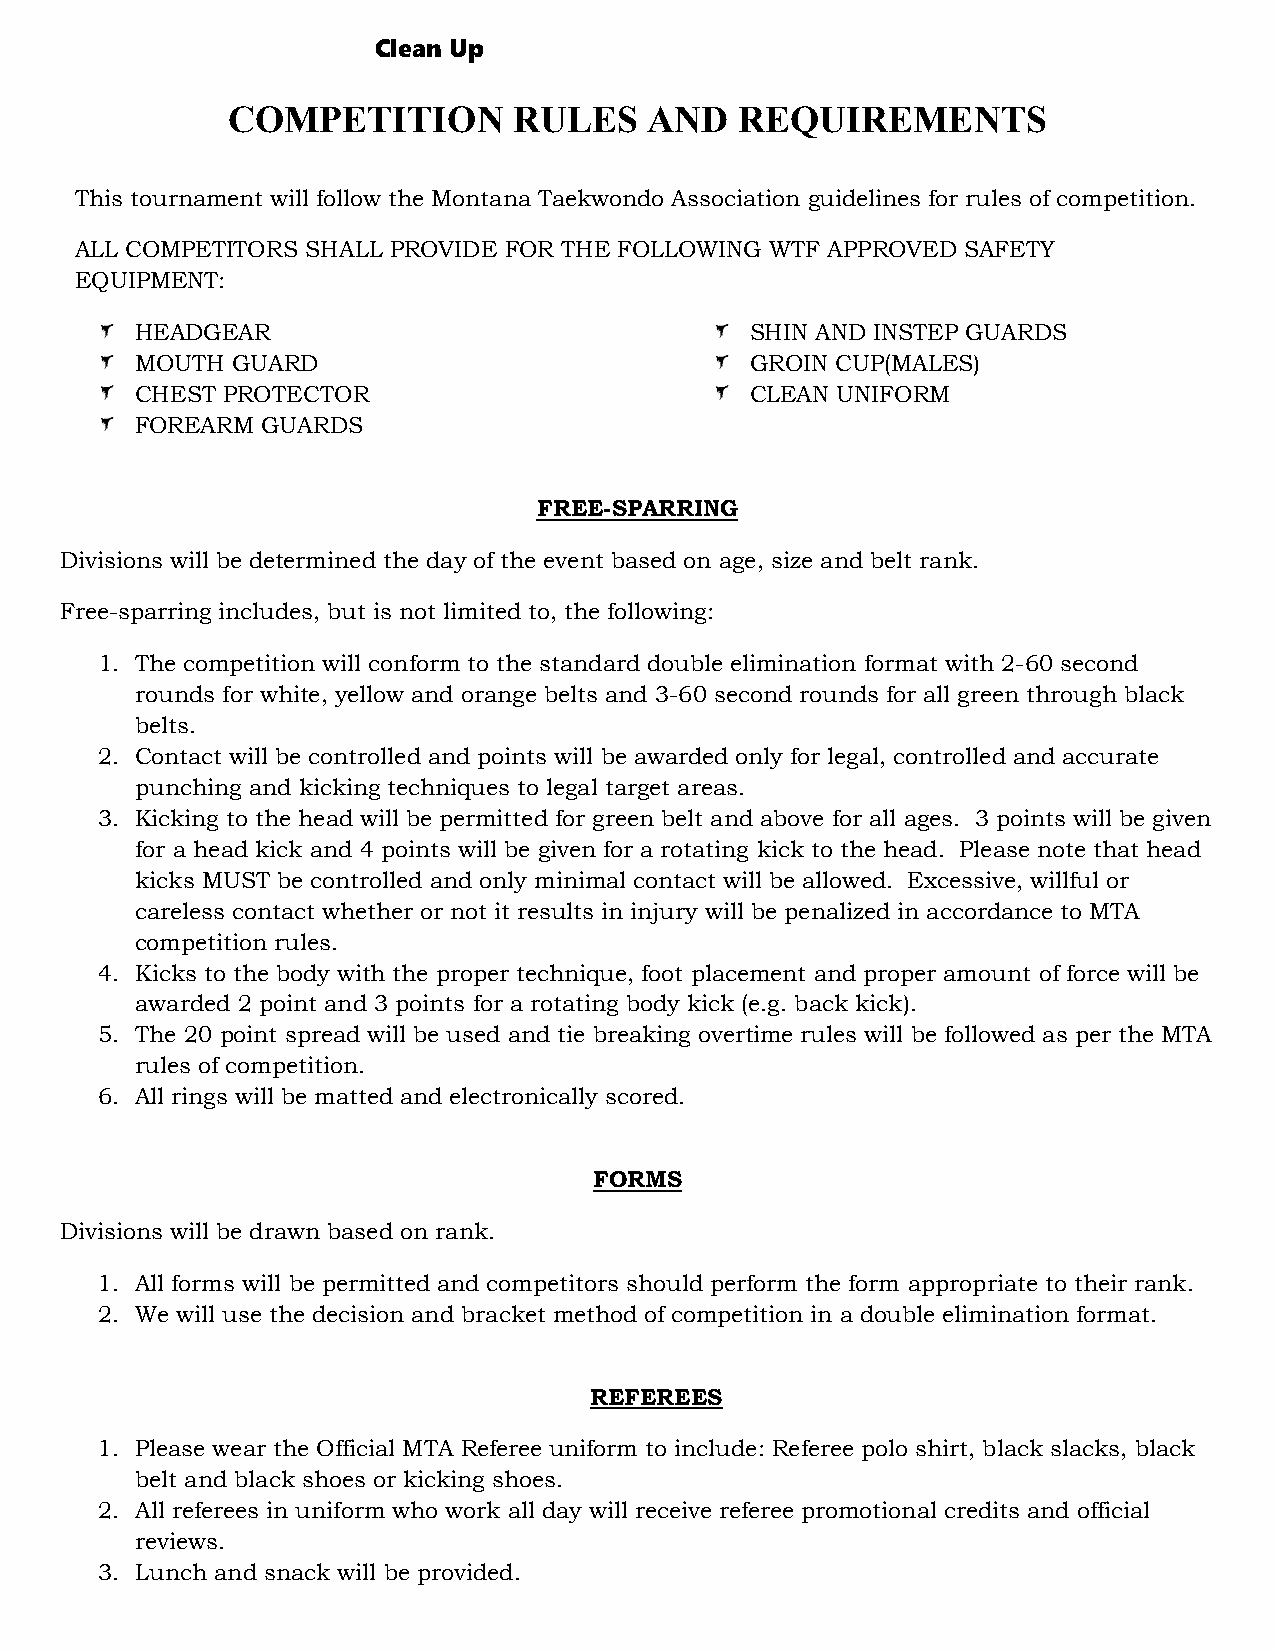
Clean Up
 COMPETITION        RULES    AND   REQUIREMENTS
 This tournament will follow the Montana Taekwondo Association guidelines for rules of competition.
 ALL COMPETITORS SHALL PROVIDE FOR THE FOLLOWING WTF APPROVED SAFETY
 EQUIPMENT:
 HEADGEAR                                 SHIN AND INSTEP GUARDS
 MOUTH GUARD                              GROIN CUP(MALES)
 CHEST PROTECTOR                          CLEAN UNIFORM
 FOREARM GUARDS
 FREE-SPARRING
 Divisions will be determined the day of the event based on age, size and belt rank.
 Free-sparring includes, but is not limited to, the following:
 1. The competition will conform to the standard double elimination format with 2-60 second
 rounds for white, yellow and orange belts and 3-60 second rounds for all green through black
 belts.
 2. Contact will be controlled and points will be awarded only for legal, controlled and accurate
 punching and kicking techniques to legal target areas.
 3. Kicking to the head will be permitted for green belt and above for all ages. 3 points will be given
 for a head kick and 4 points will be given for a rotating kick to the head. Please note that head
 kicks MUST be controlled and only minimal contact will be allowed. Excessive, willful or
 careless contact whether or not it results in injury will be penalized in accordance to MTA
 competition rules.
 4. Kicks to the body with the proper technique, foot placement and proper amount of force will be
 awarded 2 point and 3 points for a rotating body kick (e.g. back kick).
 5. The 20 point spread will be used and tie breaking overtime rules will be followed as per the MTA
 rules of competition.
 6. All rings will be matted and electronically scored.
 FORMS
 Divisions will be drawn based on rank.
 1. All forms will be permitted and competitors should perform the form appropriate to their rank.
 2. We will use the decision and bracket method of competition in a double elimination format.
 REFEREES
 1. Please wear the Official MTA Referee uniform to include: Referee polo shirt, black slacks, black
 belt and black shoes or kicking shoes.
 2. All referees in uniform who work all day will receive referee promotional credits and official
 reviews.
 3. Lunch and snack will be provided.